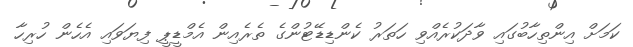
ކަމަށް އިންތިހާބުގައި ވާދަކުރެއްވި ހަތަރު ކެންޑިޑޭޓުންގެ ތެރެއިން އެމްޑީޕީ ފިޔަވައި އެހެން ހުރިހާ